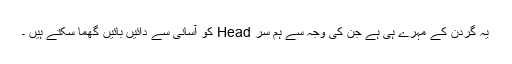
یہ گردن کے مہرے ہی ہے جن کی وجہ سے ہم سر Head کو آسانی سے دائیں بائیں گھما سکتے ہیں ۔